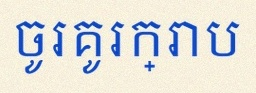
ចូរគូរក្រាប